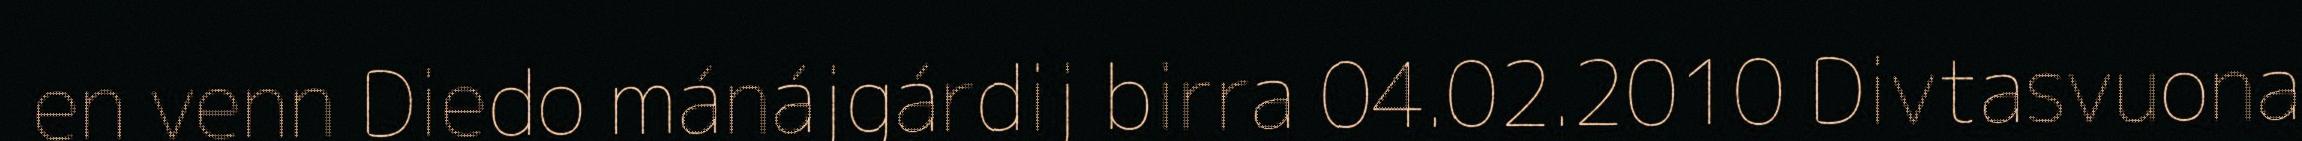
en venn Diedo mánájgárdij birra 04.02.2010 Divtasvuona